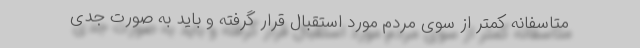
متاسفانه کمتر از سوی مردم مورد استقبال قرار گرفته و باید به صورت جدی